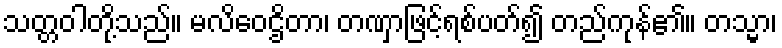
သတ္တဝါတို့သည်။ မလိဝေဌိတာ၊ တဏှာဖြင့်ရစ်ပတ်၍ တည်ကုန်၏။ တသ္မာ၊